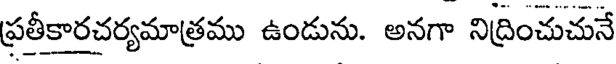
ప్రతీకారచర్యమాత్రము ఉండును. అనగా నిద్రించుచునే